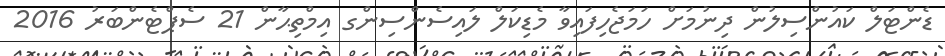
ޑެންޓަލް ކައުންސިލުން ދިނުމަށް ހަމަޖެހިފައިވާ މެޑިކަލް ލައިސެންސިންގ އިމްތިޙާން 21 ސެޕްޓެންބަރު 2016